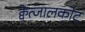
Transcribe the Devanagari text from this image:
क्वेत्जालकोट